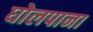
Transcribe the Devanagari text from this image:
घोलपाना